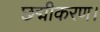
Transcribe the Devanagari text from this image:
छद्मीकरण।